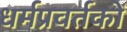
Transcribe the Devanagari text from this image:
धर्मप्रवर्तकों